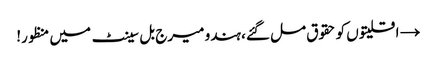
→ اقلیتوں کو حقوق مل گئے، ہندو میرج بل سینٹ میں منظور!